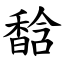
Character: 馠